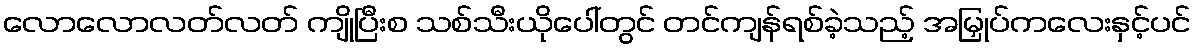
လောလောလတ်လတ် ကျိုပြီးစ သစ်သီးယိုပေါ်တွင် တင်ကျန်ရစ်ခဲ့သည့် အမြှုပ်ကလေးနှင့်ပင်